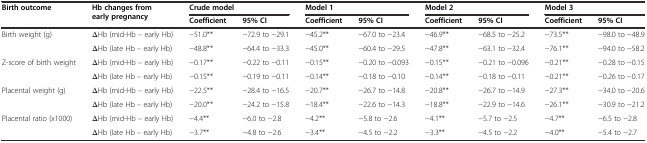
| <ROWSPAN=2> Birth outcome | <ROWSPAN=2> Hb changes from early pregnancy | <COLSPAN=2> Crude model | <COLSPAN=2> Model 1 | <COLSPAN=2> Model 2 | <COLSPAN=2> Model 3 |
 | Coefficient | 95% CI | Coefficient | 95% CI | Coefficient | 95% CI | Coefficient | 95% CI |
 | --- | --- | --- | --- | --- | --- | --- | --- | --- | --- |
 | Birth weight (g) | ΔHb (mid-Hb – early Hb) | −51.0** | −72.9 to −29.1 | −45.2** | −67.0 to −23.4 | −46.9** | −68.5 to −25.2 | −73.5** | −98.0 to −48.9 |
 |  | ΔHb (late Hb – early Hb) | −48.8** | −64.4 to −33.3 | −45.0** | −60.4 to −29.5 | −47.8** | −63.1 to −32.4 | −76.1** | −94.0 to −58.2 |
 | Z-score of birth weight | ΔHb (mid-Hb – early Hb) | −0.17** | −0.22 to −0.11 | −0.15** | −0.20 to −0.093 | −0.15** | −0.21 to −0.096 | −0.21** | −0.28 to −0.15 |
 |  | ΔHb (late Hb – early Hb) | −0.15** | −0.19 to −0.11 | −0.14** | −0.18 to −0.10 | −0.14** | −0.18 to −0.11 | −0.21** | −0.26 to −0.17 |
 | Placental weight (g) | ΔHb (mid-Hb – early Hb) | −22.5** | −28.4 to −16.5 | −20.7** | −26.7 to −14.8 | −20.8** | −26.7 to −14.9 | −27.3** | −34.0 to −20.6 |
 |  | ΔHb (late Hb – early Hb) | −20.0** | −24.2 to −15.8 | −18.4** | −22.6 to −14.3 | −18.8** | −22.9 to −14.6 | −26.1** | −30.9 to −21.2 |
 | Placental ratio (x1000) | ΔHb (mid-Hb – early Hb) | −4.4** | −6.0 to −2.8 | −4.2** | −5.8 to −2.6 | −4.1** | −5.7 to −2.5 | −4.7** | −6.5 to −2.8 |
 |  | ΔHb (late Hb – early Hb) | −3.7** | −4.8 to −2.6 | −3.4** | −4.5 to −2.2 | −3.3** | −4.5 to −2.2 | −4.0** | −5.4 to −2.7 |